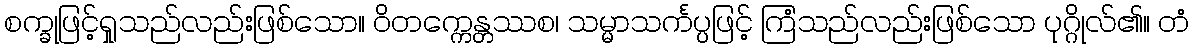
စက္ခုဖြင့်ရှုသည်လည်းဖြစ်သော။ ဝိတက္ကေန္တဿစ၊ သမ္မာသင်္ကပ္ပဖြင့် ကြံသည်လည်းဖြစ်သော ပုဂ္ဂိုလ်၏။ တံ